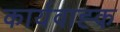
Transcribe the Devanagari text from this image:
कार्यवाह्क